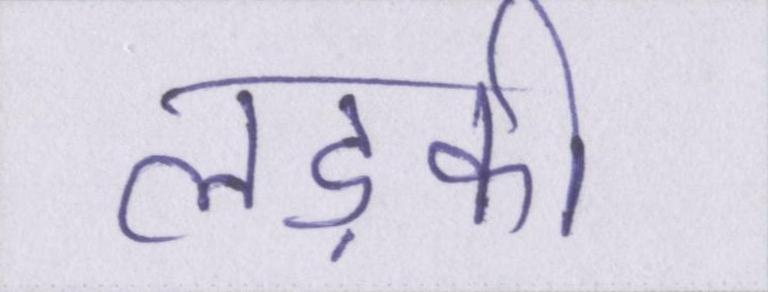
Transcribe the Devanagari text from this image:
लड़की